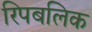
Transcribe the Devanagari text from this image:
रिपबलिक